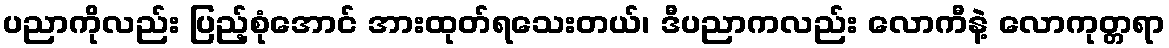
ပညာကိုလည်း ပြည့်စုံအောင် အားထုတ်ရသေးတယ်၊ ဒီပညာကလည်း လောကီနဲ့ လောကုတ္တရာ